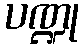
ပဏ္ဍု